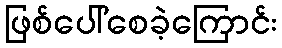
ဖြစ်ပေါ်စေခဲ့ကြောင်း